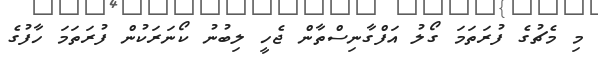
މި މެޗުގެ ފުރަތަމަ ގޯލު އަފްގާނިސްތާން ޖެހީ ލިބުނު ކޯނަރަކުން ފުރަތަމަ ހާފުގެ